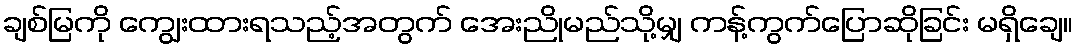
ချစ်မြကို ကျွေးထားရသည့်အတွက် အေးညိုမည်သို့မျှ ကန့်ကွက်ပြောဆိုခြင်း မရှိချေ။